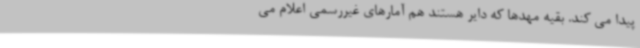
پیدا می کند. بقیه مهدها که دایر هستند هم آمارهای غیررسمی اعلام می